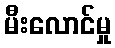
မီးလောင်မှု